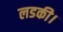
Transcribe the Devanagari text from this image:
लडकी।